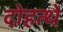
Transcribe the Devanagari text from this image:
दोहत्थे